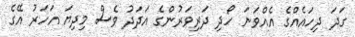
ގަދަ ދިހައެއްގެ އެއްވަނަ ހޯދި ދަރިވަރުންގެ އަދަދު ވެސް މިދިޔަ އަހަރު އޭގެ